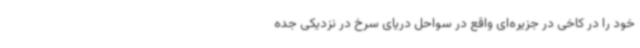
خود را در کاخی در جزیره‌ای واقع در سواحل دریای سرخ در نزدیکی جده